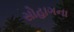
સોહાગના